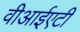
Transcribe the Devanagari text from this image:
वीआईएटी